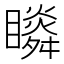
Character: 𥌌